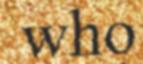
who